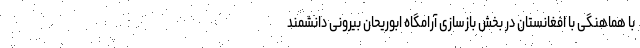
با هماهنگی با افغانستان در بخش بازسازی آرامگاه ابوریحان بیرونی دانشمند